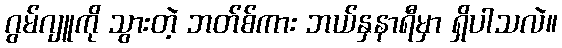
ဂွမ်ဂျူကို သွားတဲ့ ဘတ်စ်ကား ဘယ်နှနာရီမှာ ရှိပါသလဲ။